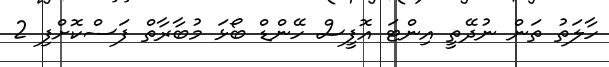
ހާލަތު ތަން ނުދޭތީ އިންޓަ އޮފީސް ހޭންޑް ބޯޅަ މުބާރާތް ފަސްކޮށްފި 2